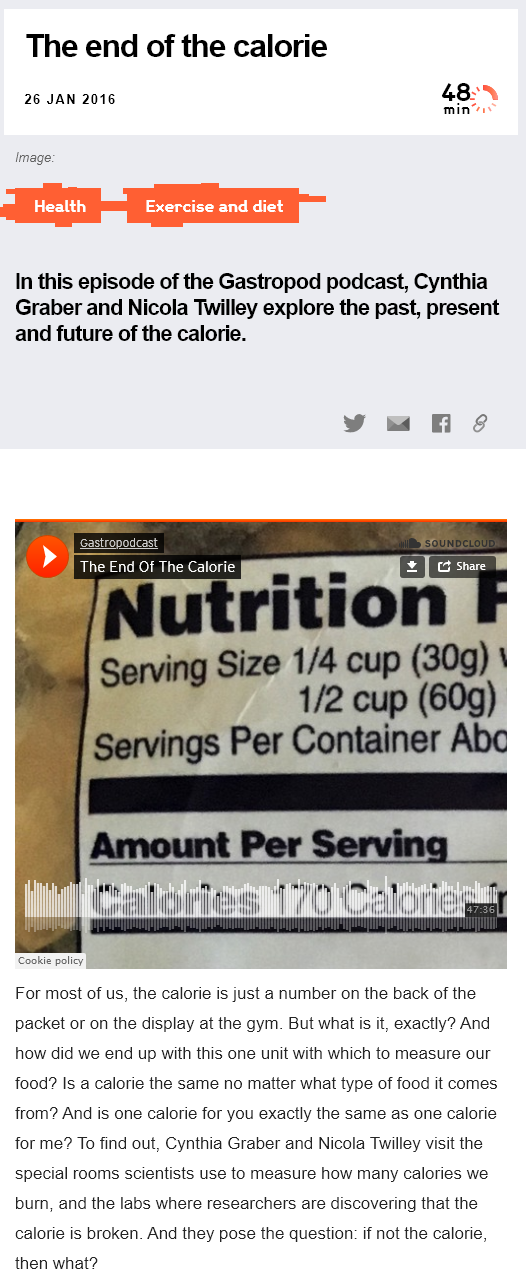
The    end of    the   calorie
   26 JAN 2016
  In this episode  of the Gastropod    podcast,  Cynthia
  Graber and Nicola    Twilley explore  the  past, present
  and  future of the calorie.
  For most of us, the calorie is just a number on the back of the
  packet or on the display at the gym. But what is it, exactly? And
  how  did we end up with this one unit with which to measure our
  food? Is a calorie the same no matter what type of food it comes
  from? And is one calorie for you exactly the same as one calorie
  for me? To find out, Cynthia Graber and Nicola Twilley visit the
  special rooms scientists use to measure how many calories we
  burn, and the labs where researchers are discovering that the
  calorie is broken. And they pose the question: if not the calorie,
  then what?
   Cookie policy
     Dina ahem kel  ee
     Gastropodcast
     csr G
     SOUNDCLOUD.
     47:36
  Image:
     Exercise and diet